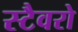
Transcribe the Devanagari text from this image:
स्टैवरो